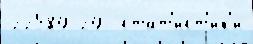
22589 29  стат'и́ст'ик'и